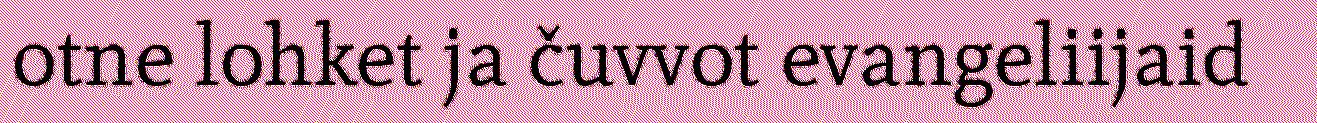
otne lohket ja čuvvot evangeliijaid